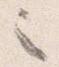
之